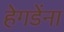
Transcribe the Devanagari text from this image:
हेगडेंना